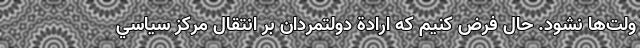
ولت‌ها نشود. حال فرض کنیم كه ارادة دولتمردان بر انتقال مركز سياسي